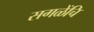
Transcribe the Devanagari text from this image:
सगळेंचि